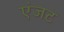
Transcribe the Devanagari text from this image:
एंजट